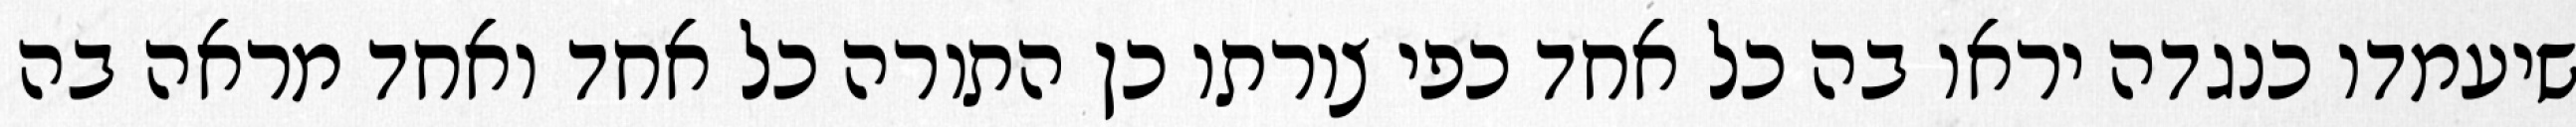
שיעמדו כנגדה יראו בה כל אחד כפי צורתו כן התורה כל אחד ואחד מראה בה